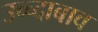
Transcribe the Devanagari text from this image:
उच्च्दाबाव